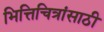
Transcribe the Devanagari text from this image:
भित्तिचित्रांसाठी